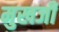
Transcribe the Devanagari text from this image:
मुखजी